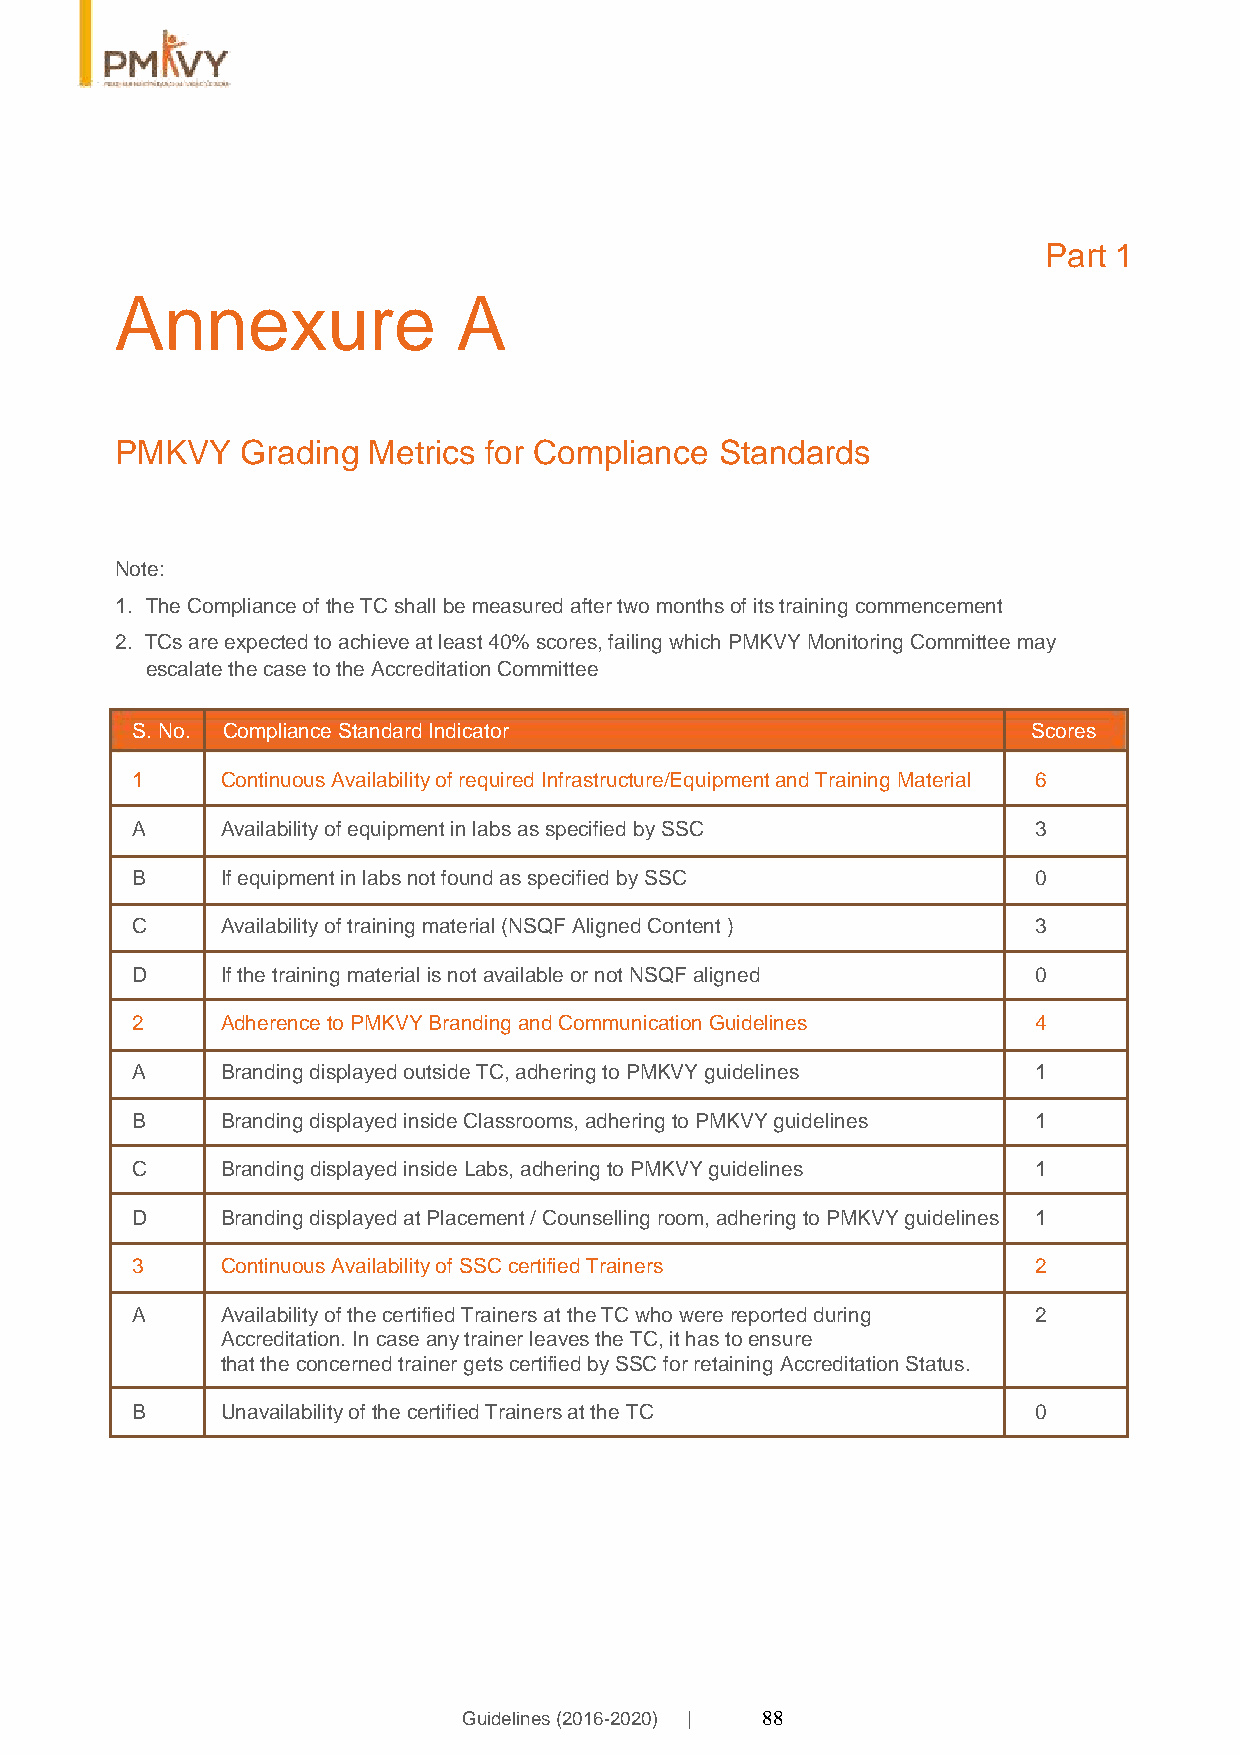
Part 1
 Annexure              A
 PMKVY   Grading Metrics for Compliance  Standards
 Note:
 1. The Compliance of the TC shall be measured after two months of its training commencement
 2. TCs are expected to achieve at least 40% scores, failing which PMKVY Monitoring Committee may
 escalate the case to the Accreditation Committee
 S. No. Compliance Standard Indicator                       Scores
 1     Continuous Availability of required Infrastructure/Equipment and Training Material 6
 A     Availability of equipment in labs as specified by SSC 3
 B     If equipment in labs not found as specified by SSC   0
 C     Availability of training material (NSQF Aligned Content ) 3
 D     If the training material is not available or not NSQF aligned 0
 2     Adherence to PMKVY Branding and Communication Guidelines 4
 A     Branding displayed outside TC, adhering to PMKVY guidelines 1
 B     Branding displayed inside Classrooms, adhering to PMKVY guidelines 1
 C     Branding displayed inside Labs, adhering to PMKVY guidelines 1
 D     Branding displayed at Placement / Counselling room, adhering to PMKVY guidelines 1
 3     Continuous Availability of SSC certified Trainers    2
 A     Availability of the certified Trainers at the TC who were reported during 2
 Accreditation. In case any trainer leaves the TC, it has to ensure
 that the concerned trainer gets certified by SSC for retaining Accreditation Status.
 B     Unavailability of the certified Trainers at the TC   0
 Guidelines (2016-2020) | 88